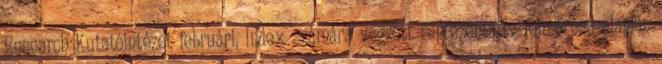
Research Kutatóintézet februári, Index számára végzett reprezentatív felmérése alapján